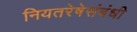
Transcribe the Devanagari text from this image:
नियतरेषेसंबंधी